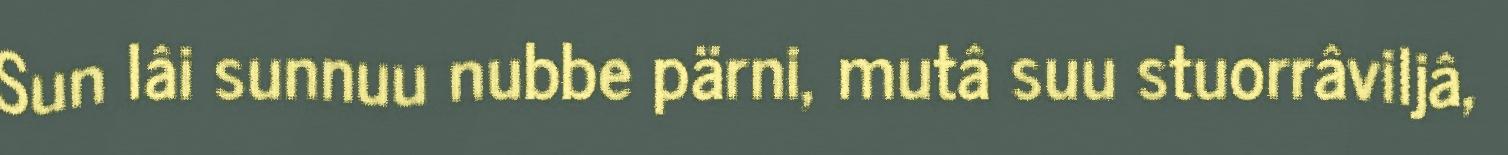
Sun lâi sunnuu nubbe pärni, mutâ suu stuorrâviljâ,